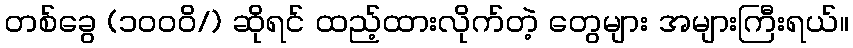
တစ်ခွေ (၁ဝဝဝိ/) ဆိုရင် ထည့်ထားလိုက်တဲ့ တွေများ အများကြီးရယ်။